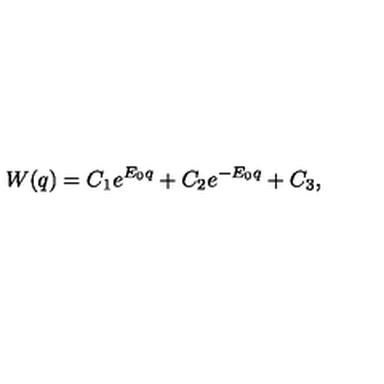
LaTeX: W ( q ) = C _ { 1 } e ^ { E _ { 0 } q } + C _ { 2 } e ^ { - E _ { 0 } q } + C _ { 3 } ,